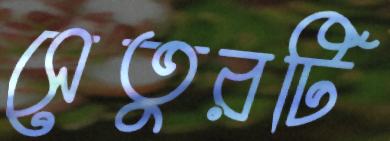
সেতুরটি